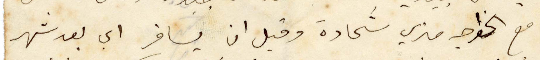
مع الخواجه متري شحادة وقبل ان يسافر أي يعد شهر